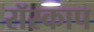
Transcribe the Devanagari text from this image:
रॉस्काप